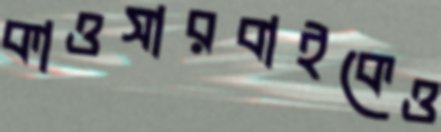
কাওসারবাইকেও